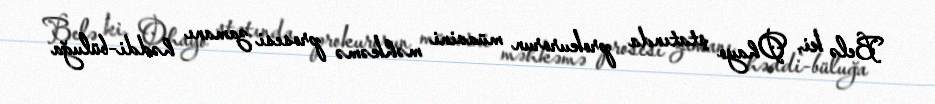
Belə ki, Ohayo ştatında prokurorun müavini məhkəmə prosesi zamanı həddi-büluğa